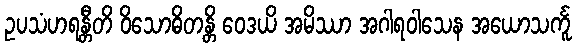
ဥပသံဟရန္တီတိ ဝိသောဓိတန္တိ ဝေဒယိ အမိဿာ အဂါရဝါသေန အယောသင်္ကူ